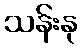
သန်းနု